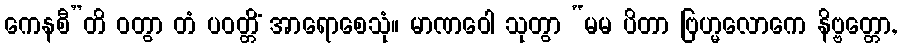
ကေနစီ”တိ ဝတွာ တံ ပဝတ္တိံ အာရောစေသုံ။ မာဏဝေါ သုတွာ “မမ ပိတာ ဗြဟ္မလောကေ နိဗ္ဗတ္တော,